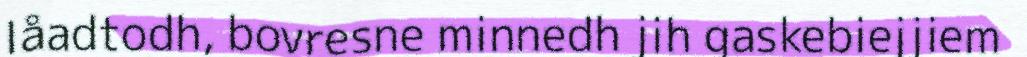
låadtodh, bovresne minnedh jih gaskebiejjiem